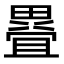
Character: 疂